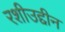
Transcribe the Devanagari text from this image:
रशीउद्दीन